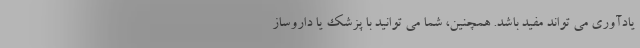
یادآوری می تواند مفید باشد. همچنین، شما می توانید با پزشک یا داروساز